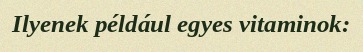
Ilyenek például egyes vitaminok: